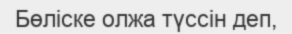
Бөліске олжа түссін деп,